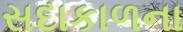
સદાકાળના